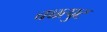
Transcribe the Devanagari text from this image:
चच्चत्पुट